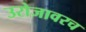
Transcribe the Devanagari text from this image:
उरोजावरच